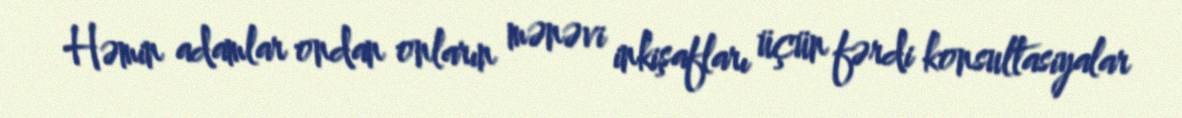
Həmin adamlar ondan onların mənəvi inkişafları üçün fərdi konsultasiyalar